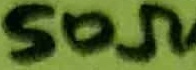
Text: 50Ω